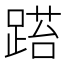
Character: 𨃐